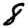
Digit: 8